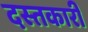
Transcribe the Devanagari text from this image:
दस्‍तकारी